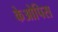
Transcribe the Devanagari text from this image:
केओपिस